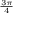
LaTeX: \scriptstyle { \frac { 3 \pi } { 4 } }